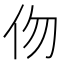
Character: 伆